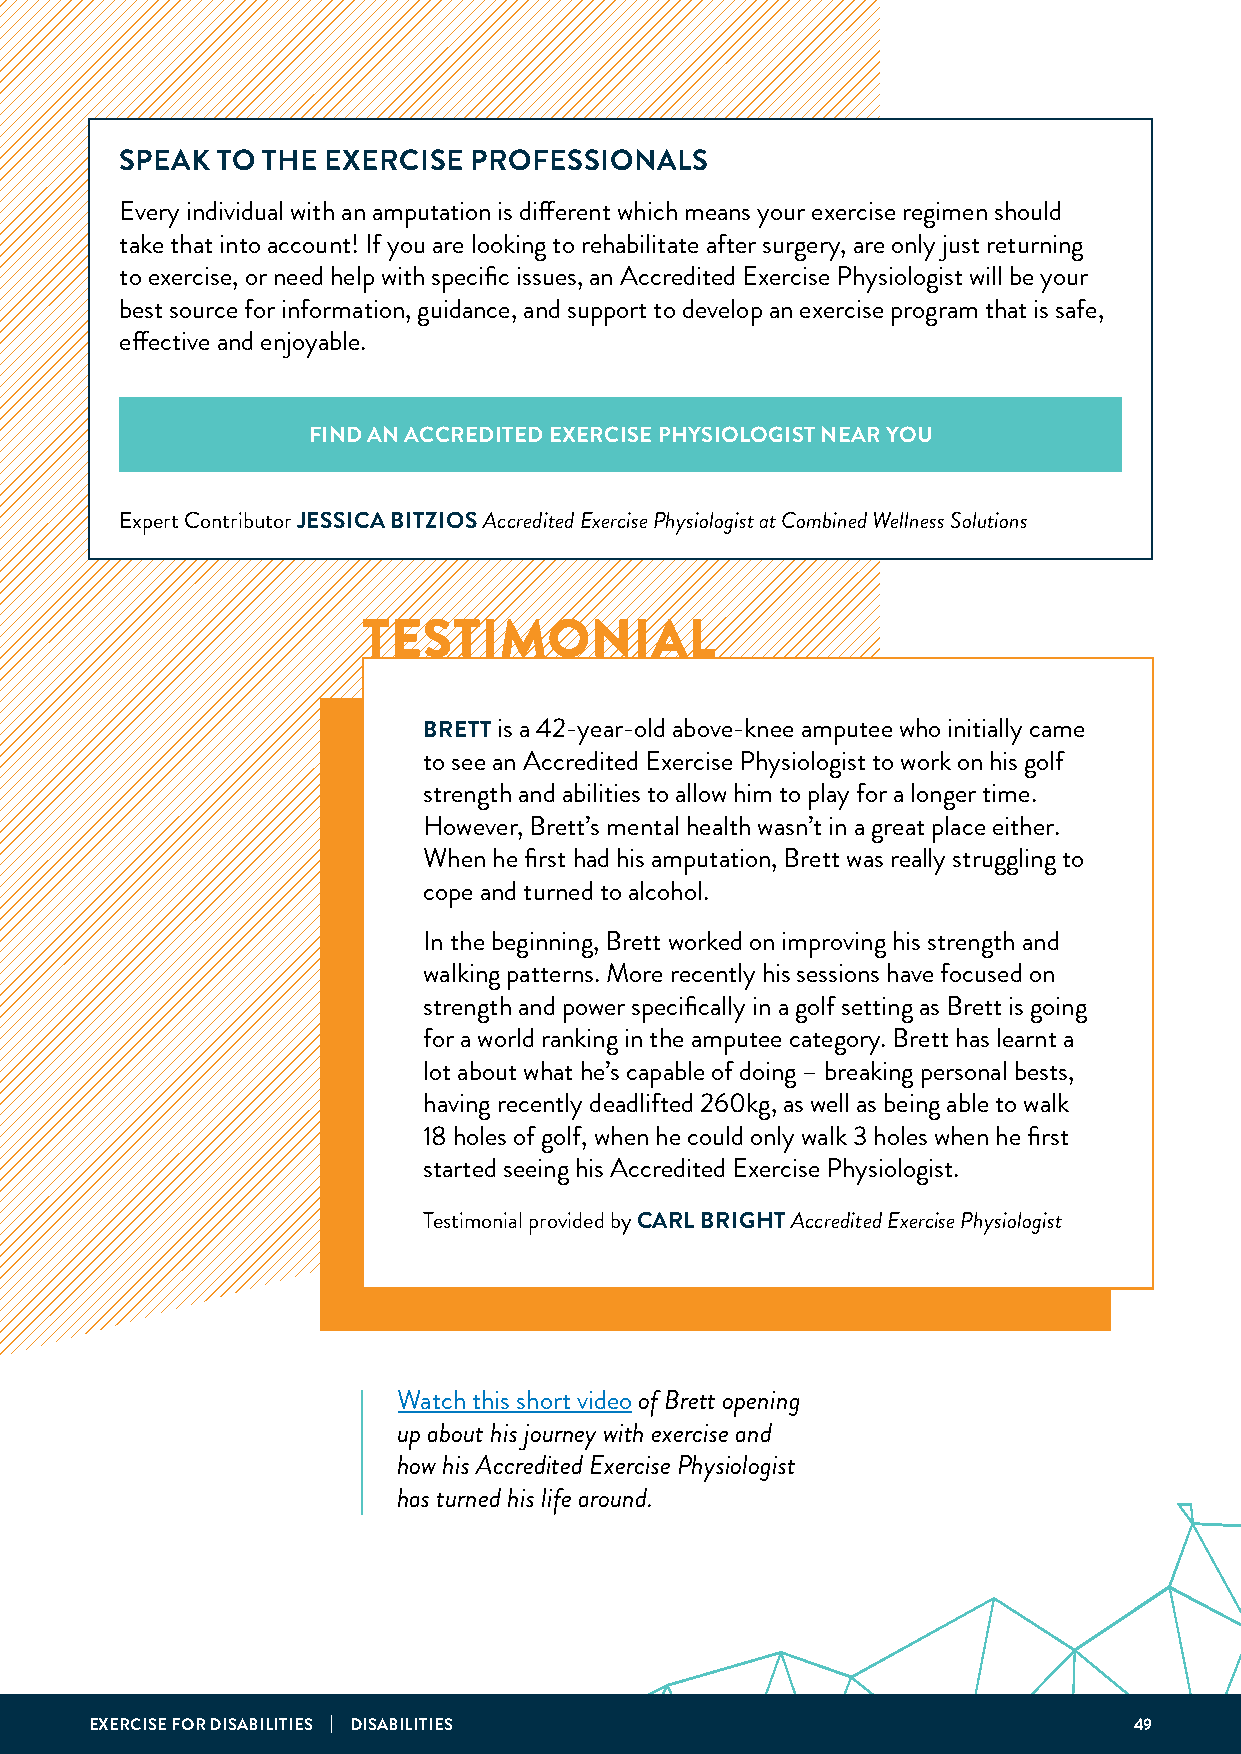
SPEAK TO THE  EXERCISE PROFESSIONALS
 Every individual with an amputation is different which means your exercise regimen should
 take that into account! If you are looking to rehabilitate after surgery, are only just returning
 to exercise, or need help with specific issues, an Accredited Exercise Physiologist will be your
 best source for information, guidance, and support to develop an exercise program that is safe,
 effective and enjoyable.
 FIND AN ACCREDITED EXERCISE PHYSIOLOGIST NEAR YOU
 Expert Contributor JESSICA BITZIOS Accredited Exercise Physiologist at Combined Wellness Solutions
 TESTIMONIAL
 BRETT is a 42-year-old above-knee amputee who initially came
 to see an Accredited Exercise Physiologist to work on his golf
 strength and abilities to allow him to play for a longer time.
 However, Brett’s mental health wasn’t in a great place either.
 When he first had his amputation, Brett was really struggling to
 cope and turned to alcohol.
 In the beginning, Brett worked on improving his strength and
 walking patterns. More recently his sessions have focused on
 strength and power specifically in a golf setting as Brett is going
 for a world ranking in the amputee category. Brett has learnt a
 lot about what he’s capable of doing – breaking personal bests,
 having recently deadlifted 260kg, as well as being able to walk
 18 holes of golf, when he could only walk 3 holes when he first
 started seeing his Accredited Exercise Physiologist.
 Testimonial provided by CARL BRIGHT Accredited Exercise Physiologist
 Watch this short video of Brett opening
 up about his journey with exercise and
 how his Accredited Exercise Physiologist
 has turned his life around.
 EXERCISE FOR DISABILITIES | DISABILITIES                             49